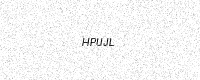
Text: HPUJL